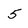
Character: 5